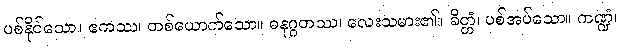
ပစ်နိုင်သော။ ဧကဿ၊ တစ်ယောက်သော။ ဓနုဂ္ဂဟဿ၊ လေးသမား၏။ ခိတ္တံ၊ ပစ်အပ်သော။ ကဏ္ဍံ၊